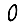
Digit: 0